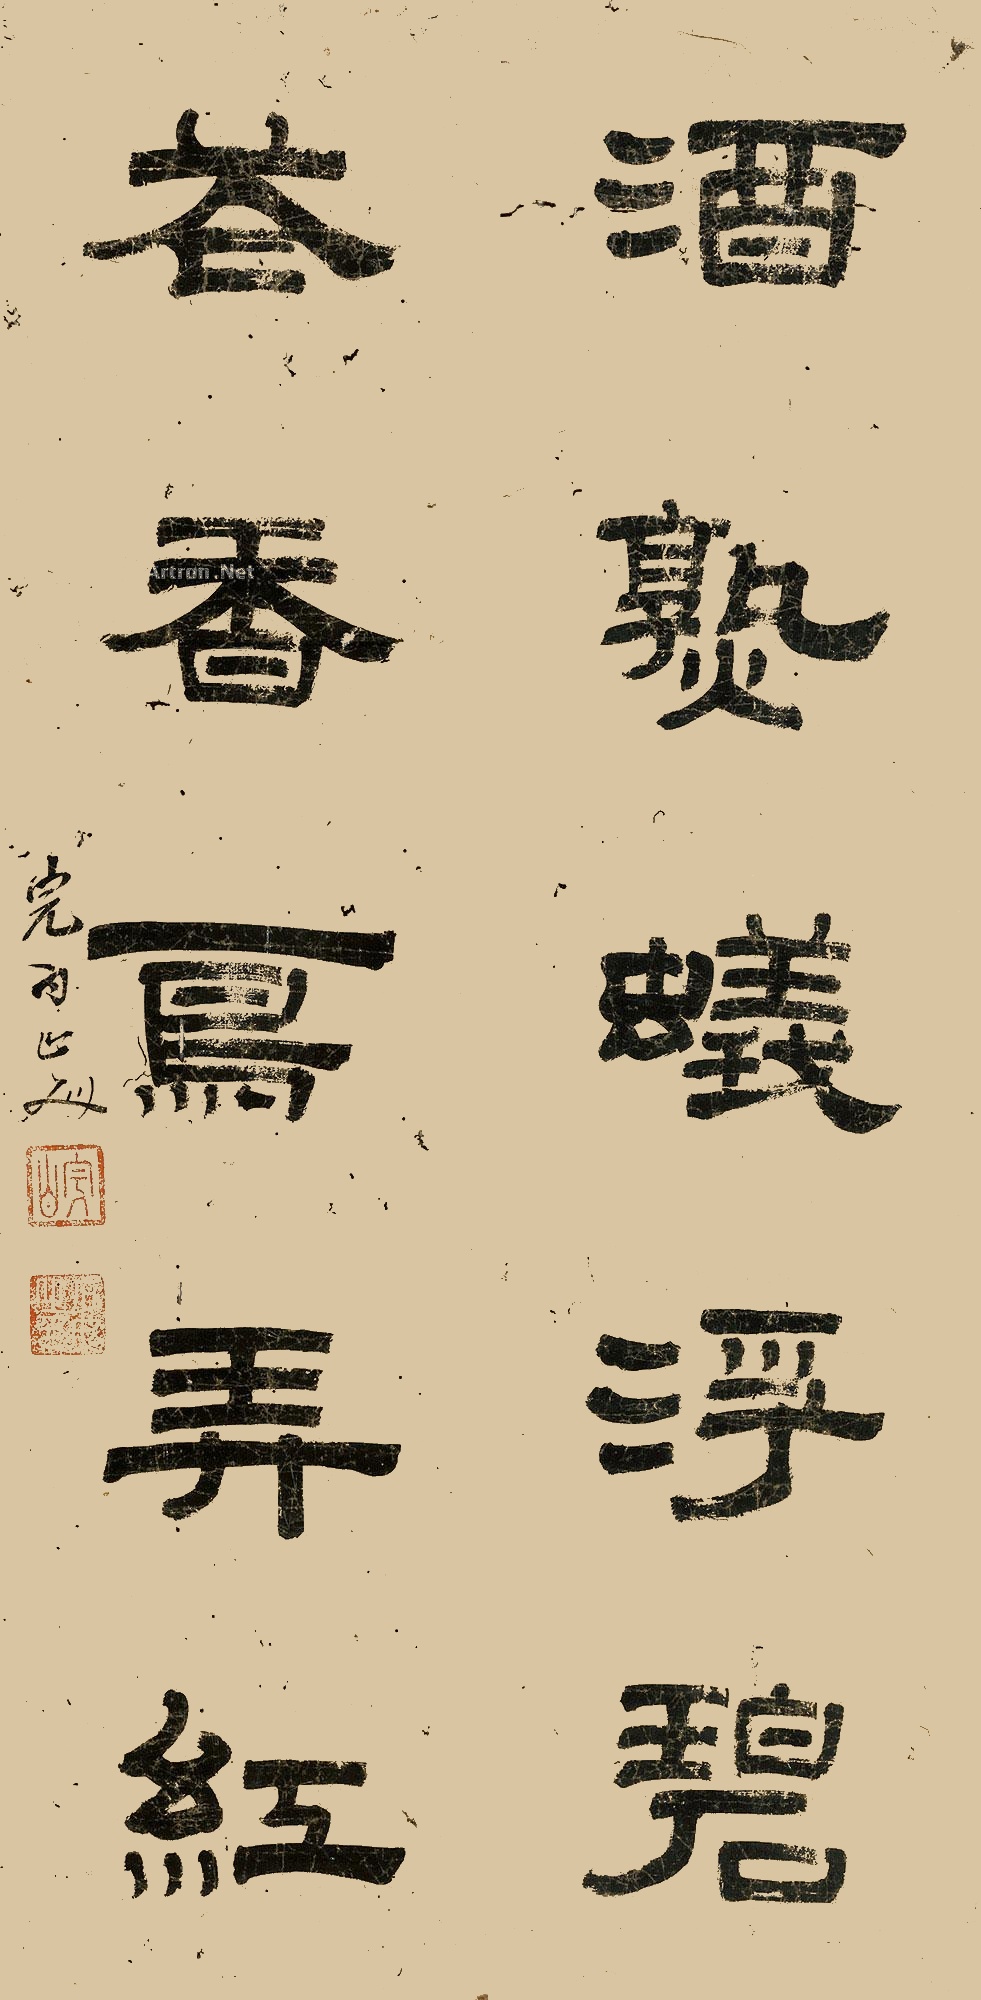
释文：酒熟蚁浮碧，花香鸟弄红。完白山人。